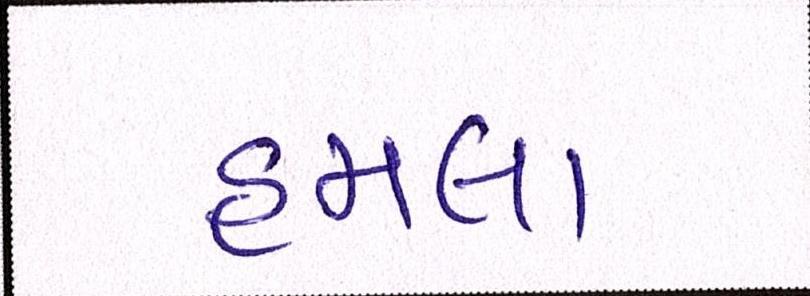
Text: હુમલા